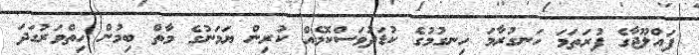
ފައްލޫޖާގެ ފުރަތަމަ ހަނގުރާމަ ހިނގުމުގެ ކުޑަދުވަސްކޮޅެއް ކުރިން ޔަމަނުގެ މާތް ބިމުން ހިތްވަރުގަދަ